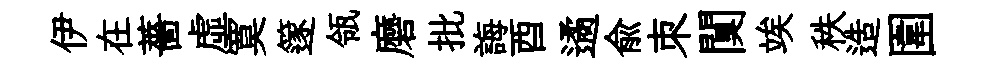
伊在薔虛寞篴瓴磨批誨酉遹俞朿闃竢秩造圍